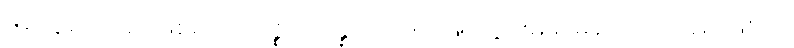
မတွေဝေသည်ဖြစ်၍။ အနဇ္ဈာပန္နော၊ တဏှာဖြင့်လွှမ်းမိုး၍မရောက်သည် ဖြစ်၍။